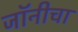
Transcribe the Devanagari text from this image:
जॉनीचा